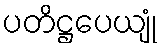
ပတိဋ္ဌပေယျုံ